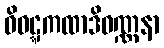
ဝိဝဋ္ဋကထာဒိဝဏ္ဏနာ